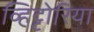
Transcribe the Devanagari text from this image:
व्हिट्टोरिया